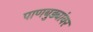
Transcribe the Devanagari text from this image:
पाणबुड्यांवर